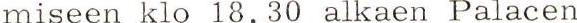
miseen klo 18.30 alkaen Palacen